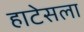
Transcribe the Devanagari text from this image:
हाटेसला